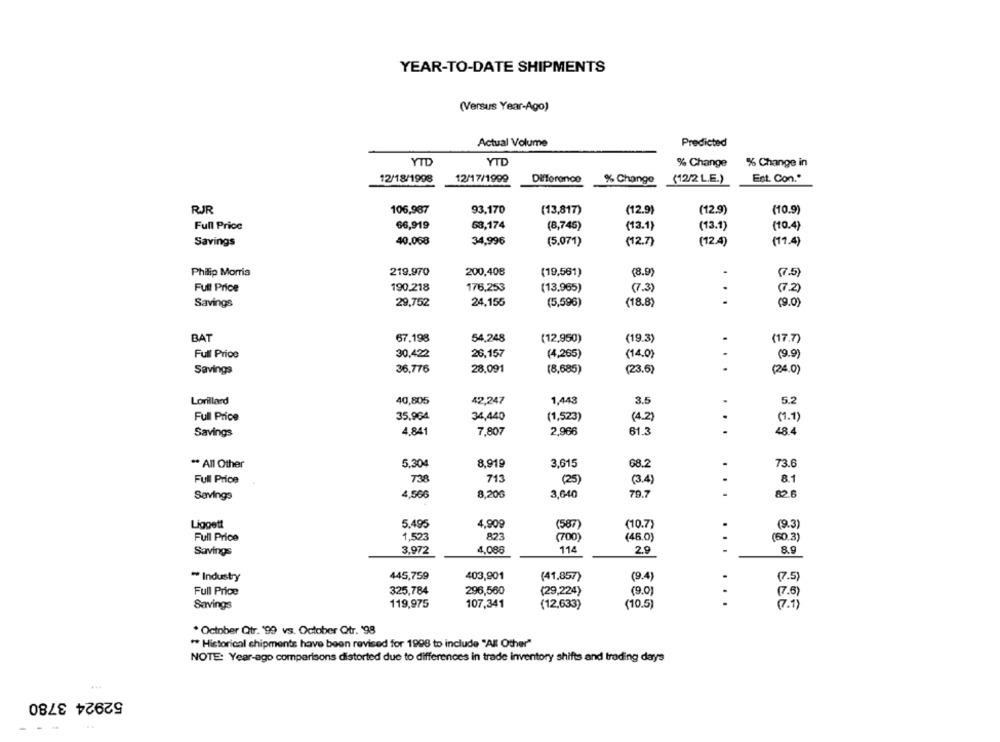
YEAR-TO-DATE SHIPMENTS
(Versus Year-Ago)
Actual Volume
Predicted
YTD
YTD
% Change
% Change in
12/18/1998
12/17/1999
Est. Con."
Difference
% Change
(12/2 L.E.)
RJR
106,987
93,170
(13,817)
(12.9)
(12.9)
(10.9)
Full Price
66,919
68,174
(8,745)
(13.1)
(13.1)
(10.4)
Savings
40.068
34,996
(5.071)
(12.7)
(12.4)
(11.4)
Philip Morris
219.970
200,408
(19,561)
(8.9)
(7.5)
Full Price
190.218
176,253
(13.965)
(7.3)
(7.2)
Savings
29,752
24,155
(5,596)
(18.8)
..
(9.0)
BAT
67.198
54,248
(12,950)
(19.3)
(17.7)
Full Price
30,422
26,157
(4,265)
(14.0)
(9.9)
Savings
36,776
28,091
(8,685)
(23.6)
(24.0)
Lorillard
40,805
42,247
1,443
3.5
5.2
35.964
34,440
Full Price
(1,523)
(4.2)
(1.1)
4.841
61.3
48.4
Savings
7,807
2,966
** All Other
5.304
8,919
3,615
68.2
73.6
Full Price
738
713
(25)
(3.4)
8.1
Savings
4,566
8,200
3,640
79.7
..
82.6
Liggett
5.495
4,909
(587)
(10.7)
(9.3)
Full Price
1,523
823
(700)
(46.0)
(60.3)
3,972
4.086
114
...
8.
Savings
2.9
** Industry
445,759
403,901
(41,857)
(9.4)
(7.5)
Full Price
325,784
296,560
(29,224)
(9.0)
(7.5)
...
Savings
119,975
107,341
(12,633)
(10.5)
(7.1)
. October Qtr. '99 vs. October Qtr. '98
" Historical chipments have been revised for 1998 to include "All Other"
NOTE: Year-ago comparisons distorted due to differences in trade inventory shifts and trading days
52924 3780